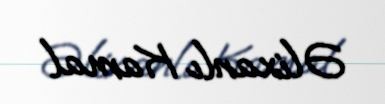
Əlixanlı Kamal